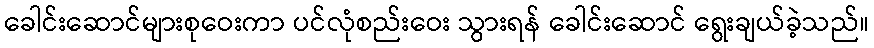
ခေါင်းဆောင်များစုဝေးကာ ပင်လုံစည်းဝေး သွားရန် ခေါင်းဆောင် ရွေးချယ်ခဲ့သည်။